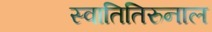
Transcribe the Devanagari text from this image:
स्वातितिरुनाल